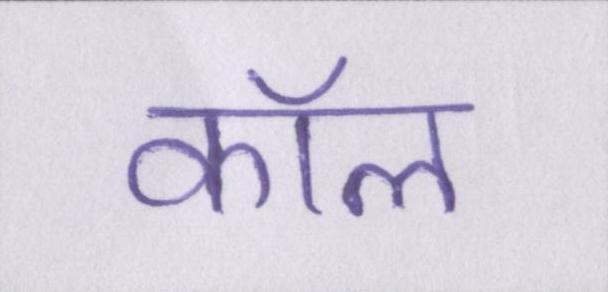
कॉल